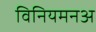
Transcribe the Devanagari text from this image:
विनियमनअ